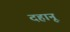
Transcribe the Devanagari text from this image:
दहानू